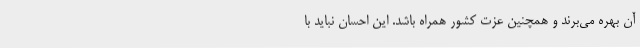
آن بهره می‌برند و همچنین عزت کشور همراه باشد. این احسان نباید با